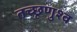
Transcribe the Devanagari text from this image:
तच्छृणुश्व